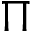
\Pi